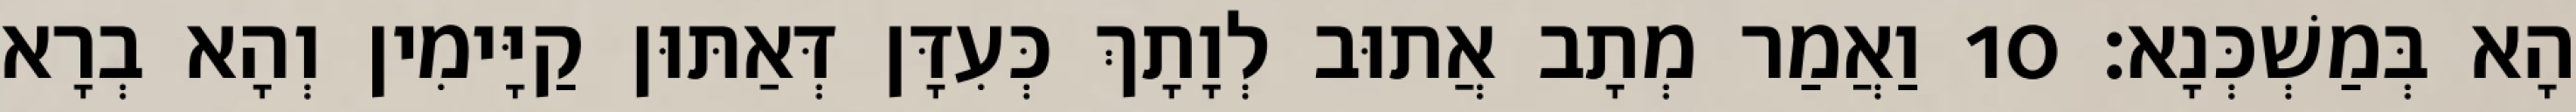
הָא בְּמַשְׁכְּנָא׃ 10 וַאֲמַר מְתָב אֲתוּב לְוָתָךְ כְּעִדָּן דְּאַתּוּן קַיָּימִין וְהָא בְרָא